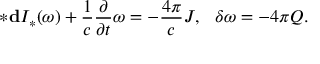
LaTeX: * { \bf d } { \cal I } _ { * } ( \omega ) + \frac { 1 } { c } \frac { \partial } { \partial t } \omega = - \frac { 4 \pi } { c } { \cal J } , \ \ \delta \omega = - 4 \pi { \cal Q } .